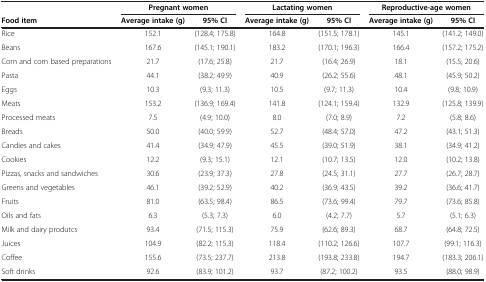
<table><thead><tr><td><b> </b></td><td colspan="2"><b>Pregnant women</b></td><td colspan="2"><b>Lactating women</b></td><td colspan="2"><b>Reproductive-age women</b></td></tr><tr><td><b>Food item</b></td><td><b>Average intake (g)</b></td><td><b>95% CI</b></td><td><b>Average intake (g)</b></td><td><b>95% CI</b></td><td><b>Average intake (g)</b></td><td><b>95% CI</b></td></tr></thead><tbody><tr><td>Rice</td><td>152.1</td><td>(128.4; 175.8)</td><td>164.8</td><td>(151.5; 178.1)</td><td>145.1</td><td>(141.2; 149.0)</td></tr><tr><td>Beans</td><td>167.6</td><td>(145.1; 190.1)</td><td>183.2</td><td>(170.1; 196.3)</td><td>166.4</td><td>(157.2; 175.2)</td></tr><tr><td>Corn and corn based preparations</td><td>21.7</td><td>(17.6; 25.8)</td><td>21.7</td><td>(16.4; 26.9)</td><td>18.1</td><td>(15.5; 20.6)</td></tr><tr><td>Pasta</td><td>44.1</td><td>(38.2; 49.9)</td><td>40.9</td><td>(26.2; 55.6)</td><td>48.1</td><td>(45.9; 50.2)</td></tr><tr><td>Eggs</td><td>10.3</td><td>(9.3; 11.3)</td><td>10.5</td><td>(9.7; 11.3)</td><td>10.4</td><td>(9.8; 10.9)</td></tr><tr><td>Meats</td><td>153.2</td><td>(136.9; 169.4)</td><td>141.8</td><td>(124.1; 159.4)</td><td>132.9</td><td>(125.8; 139.9)</td></tr><tr><td>Processed meats</td><td>7.5</td><td>(4.9; 10.0)</td><td>8.0</td><td>(7.0; 8.9)</td><td>7.2</td><td>(5.8; 8.6)</td></tr><tr><td>Breads</td><td>50.0</td><td>(40.0; 59.9)</td><td>52.7</td><td>(48.4; 57.0)</td><td>47.2</td><td>(43.1; 51.3)</td></tr><tr><td>Candies and cakes</td><td>41.4</td><td>(34.9; 47.9)</td><td>45.5</td><td>(39.0; 51.9)</td><td>38.1</td><td>(34.9; 41.2)</td></tr><tr><td>Cookies</td><td>12.2</td><td>(9.3; 15.1)</td><td>12.1</td><td>(10.7; 13.5)</td><td>12.0</td><td>(10.2; 13.8)</td></tr><tr><td>Pizzas, snacks and sandwiches</td><td>30.6</td><td>(23.9; 37.3)</td><td>27.8</td><td>(24.5; 31.1)</td><td>27.7</td><td>(26.7; 28.7)</td></tr><tr><td>Greens and vegetables</td><td>46.1</td><td>(39.2; 52.9)</td><td>40.2</td><td>(36.9; 43.5)</td><td>39.2</td><td>(36.6; 41.7)</td></tr><tr><td>Fruits</td><td>81.0</td><td>(63.5; 98.4)</td><td>86.5</td><td>(73.6; 99.4)</td><td>79.7</td><td>(73.6; 85.8)</td></tr><tr><td>Oils and fats</td><td>6.3</td><td>(5.3; 7.3)</td><td>6.0</td><td>(4.2; 7.7)</td><td>5.7</td><td>(5.1; 6.3)</td></tr><tr><td>Milk and dairy produtcs</td><td>93.4</td><td>(71.5; 115.3)</td><td>75.9</td><td>(62.6; 89.3)</td><td>68.7</td><td>(64.8; 72.5)</td></tr><tr><td>Juices</td><td>104.9</td><td>(82.2; 115.3)</td><td>118.4</td><td>(110.2; 126.6)</td><td>107.7</td><td>(99.1; 116.3)</td></tr><tr><td>Coffee</td><td>155.6</td><td>(73.5; 237.7)</td><td>213.8</td><td>(193.8; 233.8)</td><td>194.7</td><td>(183.3; 206.1)</td></tr><tr><td>Soft drinks</td><td>92.6</td><td>(83.9; 101.2)</td><td>93.7</td><td>(87.2; 100.2)</td><td>93.5</td><td>(88.0; 98.9)</td></tr></tbody></table>